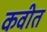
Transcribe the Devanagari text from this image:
कवीत